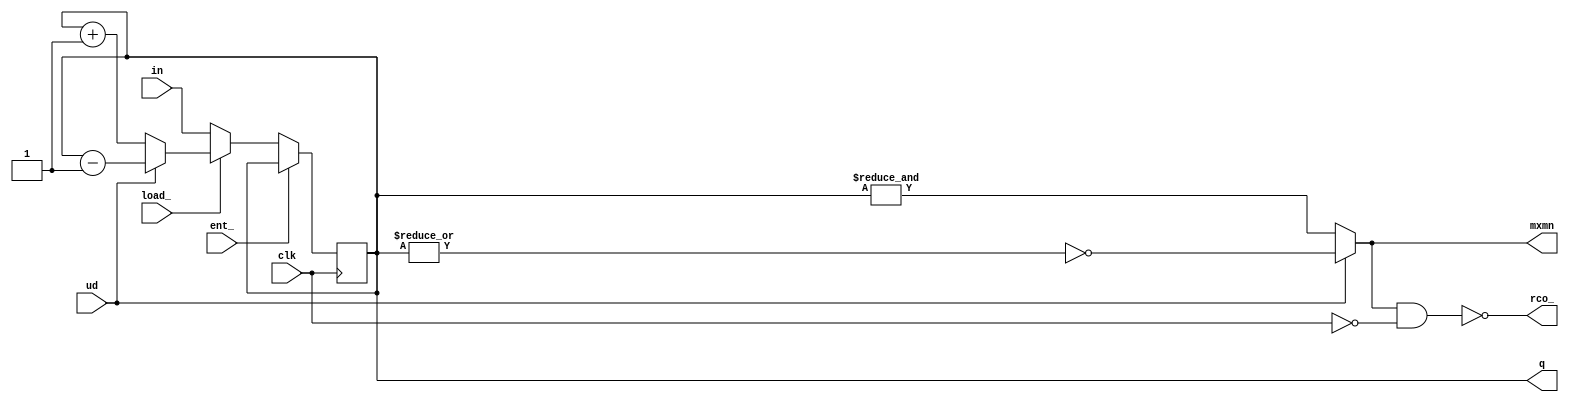
// This code is part of the model collection of AM29xx Bitslice devices
// Copyright (C) 2019  Holger Veit (hveit01@web.de)
//
//    This program is free software; you can redistribute it and/or modify
//    it under the terms of the GNU General Public License as published by
//    the Free Software Foundation; either version 3 of the License, or (at
//    your option) any later version.
//
//    This program is distributed in the hope that it will be useful, but
//    WITHOUT ANY WARRANTY; without even the implied warranty of
//    MERCHANTABILITY or FITNESS FOR A PARTICULAR PURPOSE. See the GNU
//    General Public License for more details.
//
//    You should have received a copy of the GNU General Public License
//    along with this program; if not, see <http://www.gnu.org/licenses/>.
//
//

// am25ls191 parameterized binary up/down counter
// use parameter WIDTH to extend it to >4 bits
// parameter WIDTH=4 is standard 74ls191/am25ls191

module am25ls191(in, load_, ent_, ud, clk, q, rco_, mxmn);
parameter WIDTH = 4;
input [WIDTH-1:0] in;
input load_, ent_, ud, clk;
output [WIDTH-1:0] q;
output rco_, mxmn;

reg [WIDTH-1:0] ctr;
wire all0, all1;

always @(posedge(clk)) begin
    if (ent_=='b0) begin
        if (load_=='b0)
            ctr <= in;
        else if (ud == 'b0)
            ctr <= ctr + 1;
        else
            ctr <= ctr - 1;
    end
end

assign all0 = |ctr;
assign all1 = &ctr;
assign mxmn = (ud=='b0) ? all1 : ~all0;
assign rco_ = ~(mxmn & ~clk);
assign q = ctr;

endmodule